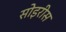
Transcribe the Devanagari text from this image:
सोइरीस